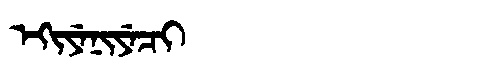
Manchu: ᡝᡴᡳᠶᡝᠨᡳᠶᡝᠴᡳ
Romanization: EKIYENIYECI